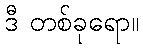
ဒီ တစ်ခုရော။